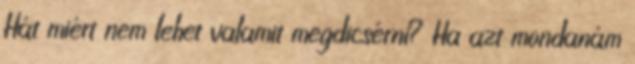
Hát miért nem lehet valamit megdicsérni? Ha azt mondanám